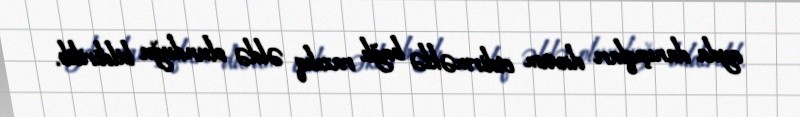
ayda danışıqları davam etdirməklə bağlı razılıq əldə olunduğu bildirilib.